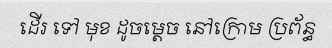
ដើរ ទៅ មុខ ដូចម្តេច នៅក្រោម ប្រព័ន្ធ